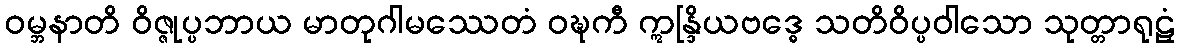
ဝမ္ဘနာတိ ဝိဇ္ဇုပ္ပဘာယ မာတုဂါမဿေတံ ဝဍ္ဎကီ ဣန္ဒြိယဗဒ္ဓေ သတိဝိပ္ပဝါသော သုတ္တာရုဠှံ